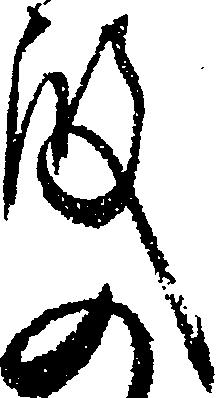
殿